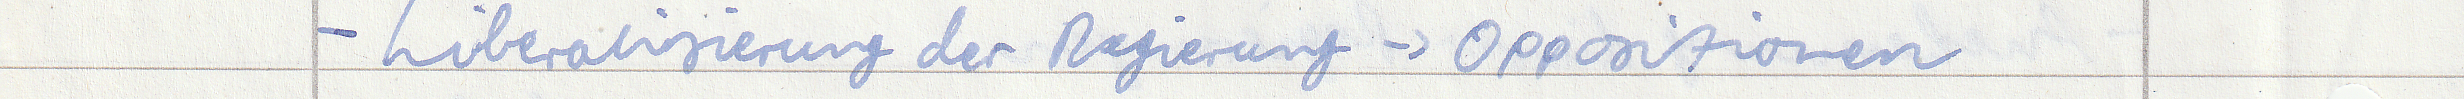
- Liberalisierung der Regierung -> Oppositionen